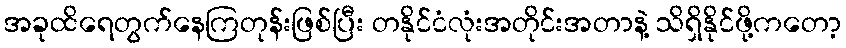
အခုထိရေတွက်နေကြတုန်းဖြစ်ပြီး တနိုင်ငံလုံးအတိုင်းအတာနဲ့ သိရှိနိုင်ဖို့ကတော့